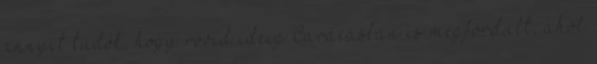
annyit tudok, hogy rövid ideig Caracasban is megfordult, ahol